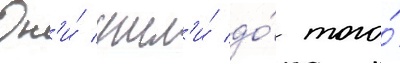
Он'и́ ушл'и́ до́ того́